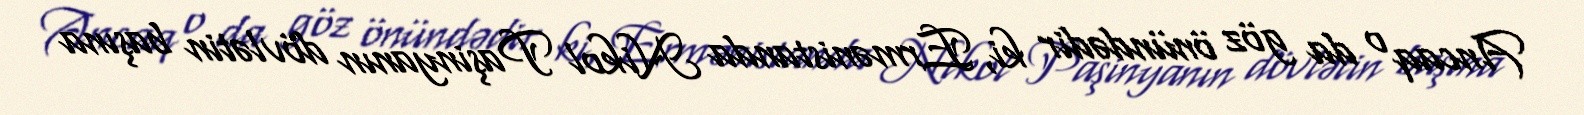
Ancaq o da göz önündədir ki, Ermənistanda Nikol Paşinyanın dövlətin başına